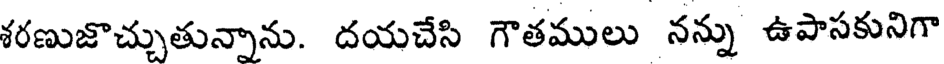
శరణుజొచ్చుతున్నాను. దయచేసి గౌతములు నన్ను ఉపాసకునిగా